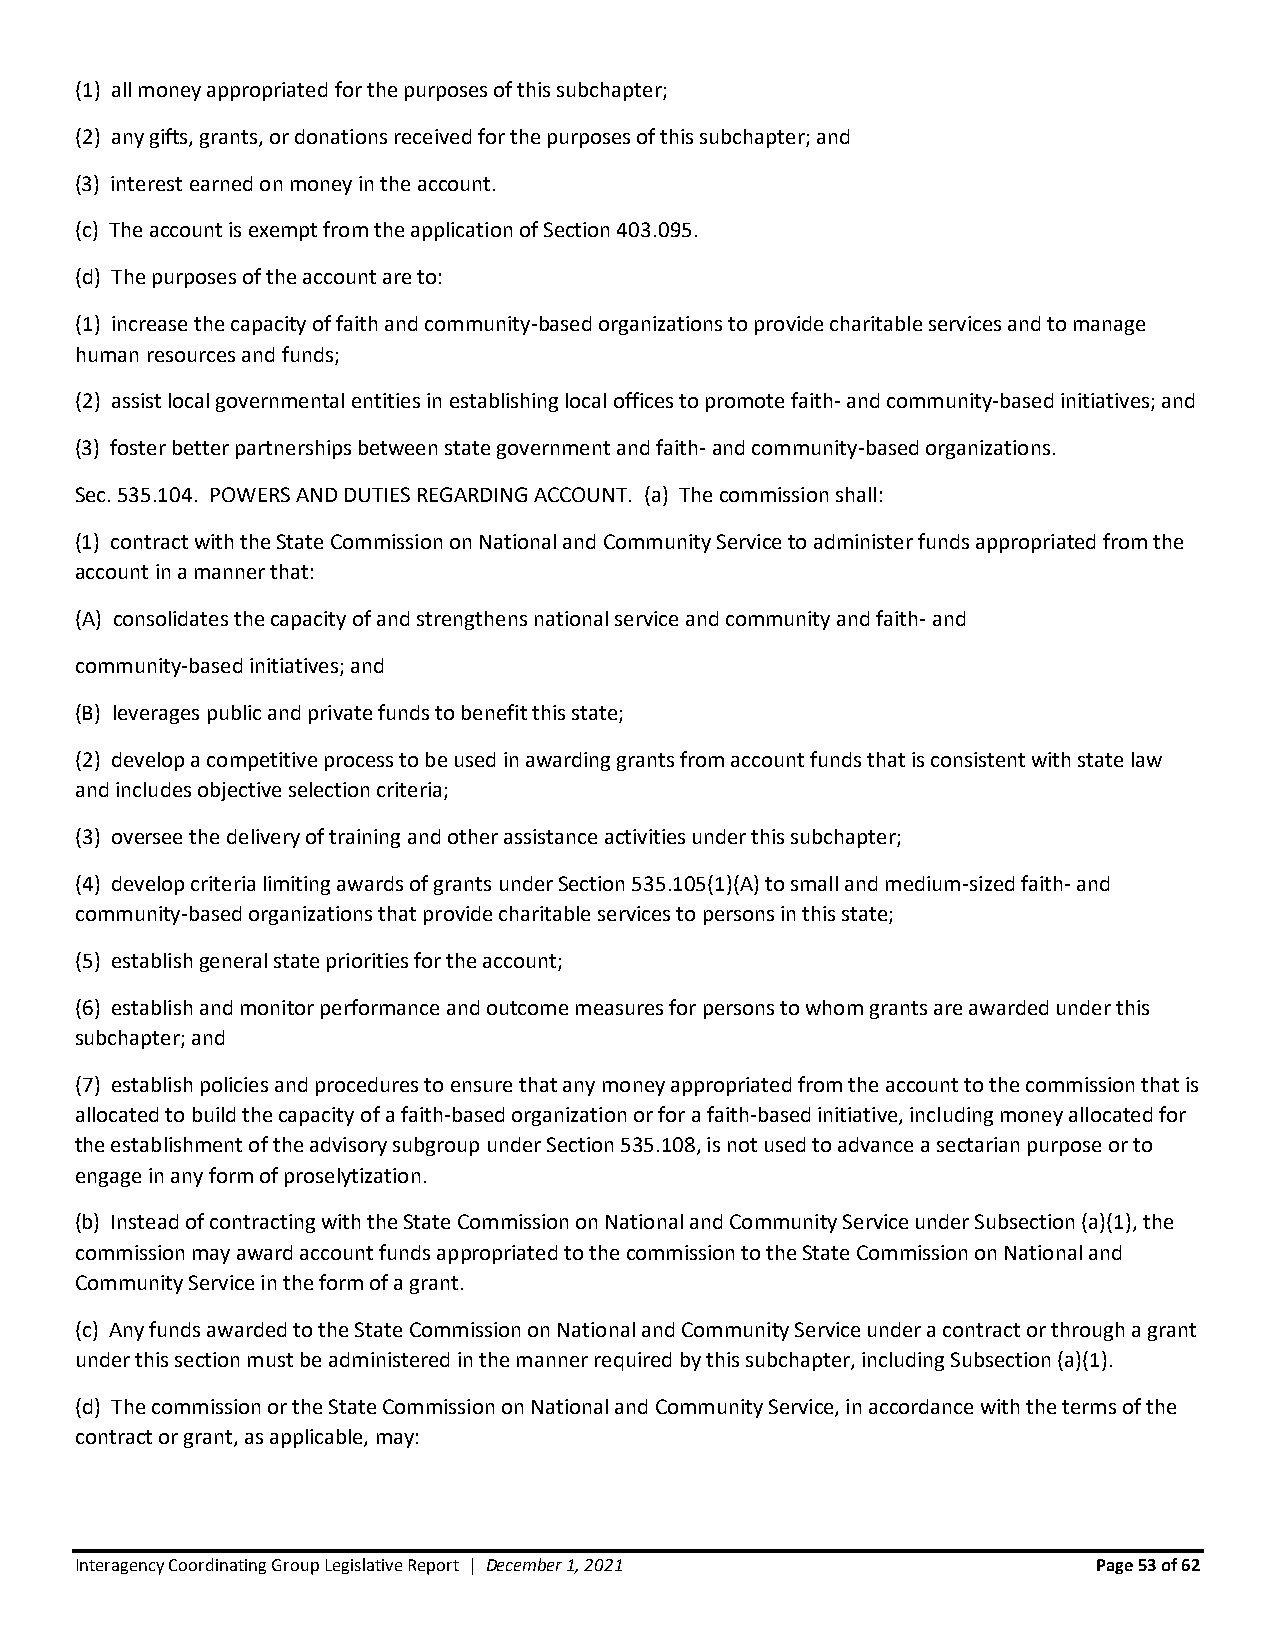
(1) all money appropriated for the purposes of this subchapter;
 (2) any gifts, grants, or donations received for the purposes of this subchapter; and
 (3) interest earned on money in the account.
 (c) The account is exempt from the application of Section 403.095.
 (d) The purposes of the account are to:
 (1) increase the capacity of faith and community-based organizations to provide charitable services and to manage
 human resources and funds;
 (2) assist local governmental entities in establishing local offices to promote faith- and community-based initiatives; and
 (3) foster better partnerships between state government and faith- and community-based organizations.
 Sec. 535.104. POWERS AND DUTIES REGARDING ACCOUNT. (a) The commission shall:
 (1) contract with the State Commission on National and Community Service to administer funds appropriated from the
 account in a manner that:
 (A) consolidates the capacity of and strengthens national service and community and faith- and
 community-based initiatives; and
 (B) leverages public and private funds to benefit this state;
 (2) develop a competitive process to be used in awarding grants from account funds that is consistent with state law
 and includes objective selection criteria;
 (3) oversee the delivery of training and other assistance activities under this subchapter;
 (4) develop criteria limiting awards of grants under Section 535.105(1)(A) to small and medium-sized faith- and
 community-based organizations that provide charitable services to persons in this state;
 (5) establish general state priorities for the account;
 (6) establish and monitor performance and outcome measures for persons to whom grants are awarded under this
 subchapter; and
 (7) establish policies and procedures to ensure that any money appropriated from the account to the commission that is
 allocated to build the capacity of a faith-based organization or for a faith-based initiative, including money allocated for
 the establishment of the advisory subgroup under Section 535.108, is not used to advance a sectarian purpose or to
 engage in any form of proselytization.
 (b) Instead of contracting with the State Commission on National and Community Service under Subsection (a)(1), the
 commission may award account funds appropriated to the commission to the State Commission on National and
 Community Service in the form of a grant.
 (c) Any funds awarded to the State Commission on National and Community Service under a contract or through a grant
 under this section must be administered in the manner required by this subchapter, including Subsection (a)(1).
 (d) The commission or the State Commission on National and Community Service, in accordance with the terms of the
 contract or grant, as applicable, may:
 Interagency Coordinating Group Legislative Report | December 1, 2021 Page 53 of 62